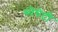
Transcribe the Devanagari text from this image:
स्पेघेटी